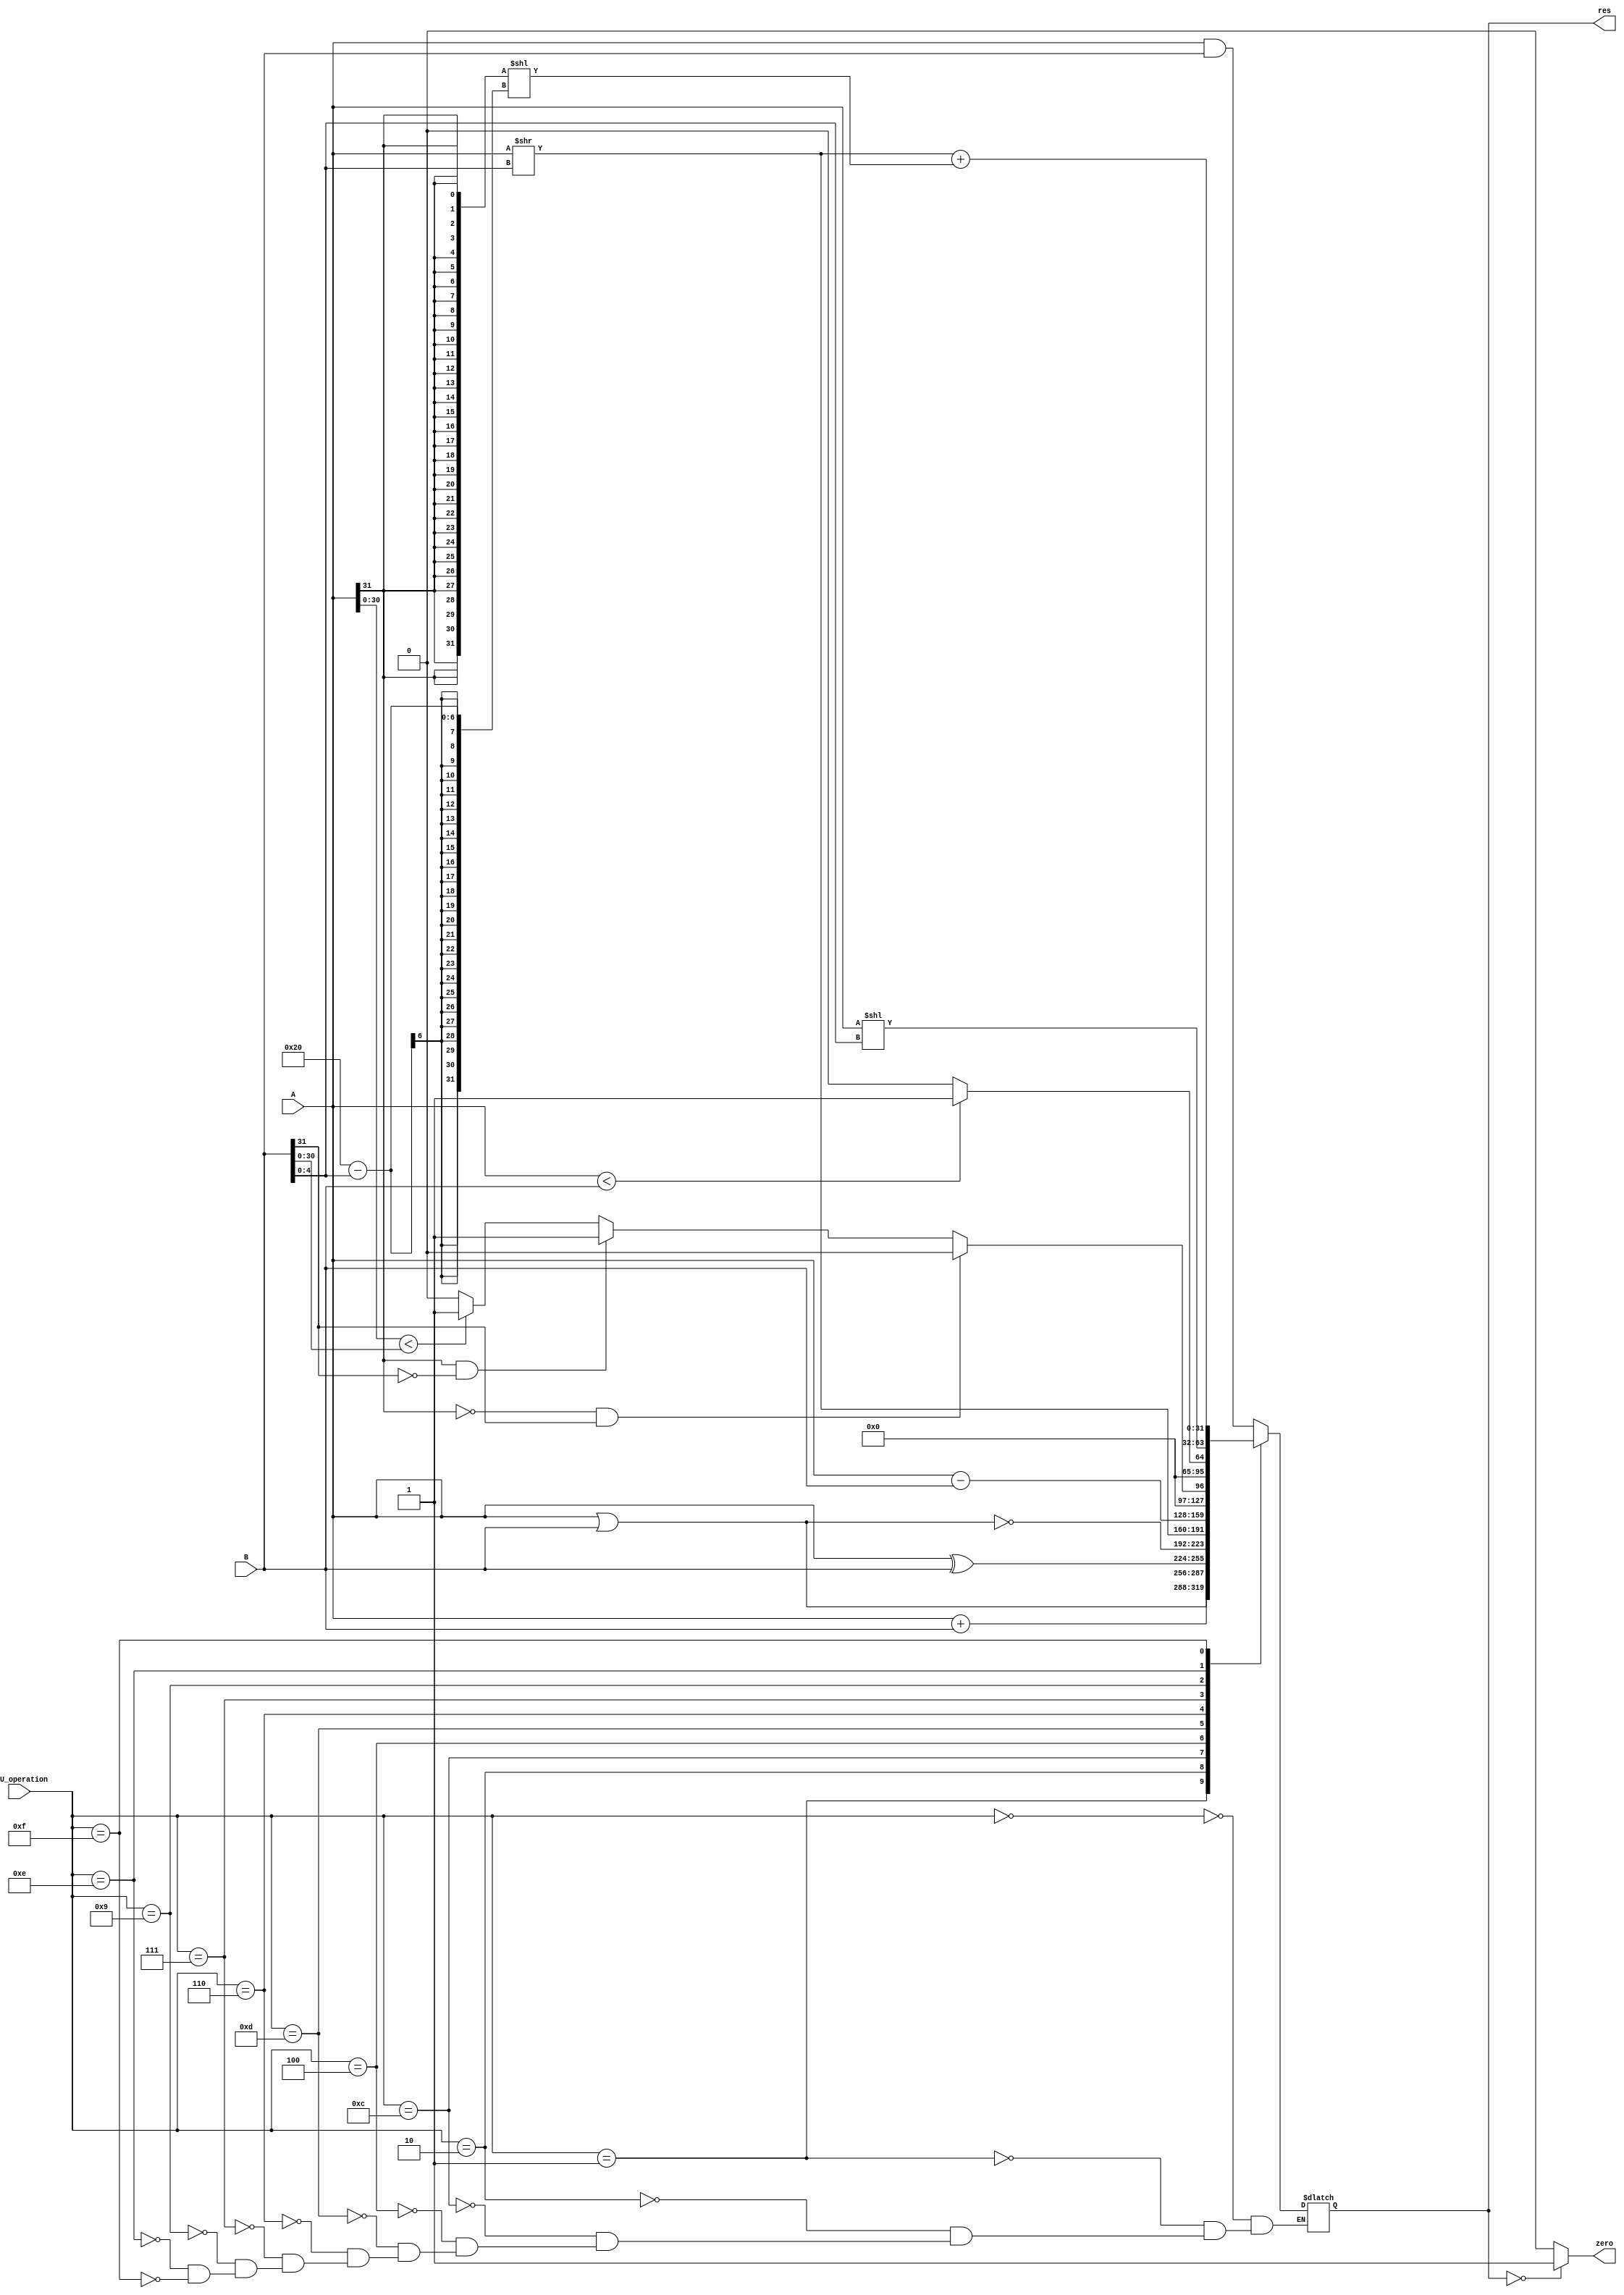
`timescale 1ns / 1ps
//////////////////////////////////////////////////////////////////////////////////
// Company: 
// Engineer: 
// 
// Design Name: 
// Module Name: ALU
// Project Name: 
// Target Devices: 
// Tool Versions: 
// Description: 
// 
// Dependencies: 
// 
// Revision:
// Revision 0.01 - File Created
// Additional Comments:
// 
//////////////////////////////////////////////////////////////////////////////////


module ALU(
    input [31:0]A,
    input [31:0]B,
    input [3:0]ALU_operation,
    output reg[31:0]res,
    output zero
);
       
    always @(*)
        case(ALU_operation)
        4'b0000: res = A & B;
        4'b0001: res = A | B;
        4'b0010: res = A + B;
        4'b1100: res = A ^ B;//xor
        4'b0100: res = ~(A | B);
        4'b1101: res = A >> B[4:0];//srl
        4'b0110: res = A - B;
        4'b0111: if(A[31] == 0 && B[31] == 1)begin
                     res = 32'b0;
                 end
                 else if(A[31] == 1 && B[31] == 0)begin
                     res = 32'b1;
                 end
                 else if(A[30:0] < B[30:0])begin
                     res = 32'b1;
                 end
                 else begin
                     res = 32'b0;
                 end
        4'b1001: res = (A < B)? 32'b1: 32'b0;//sltu        
        4'b1110: res = A << B[4:0];//sll
        4'b1111: res = (A >> B[4:00]) + ({32{A[31]}} << (32 - B[4:0]));//sra
        endcase
    assign zero = (res == 0)?1:0;
endmodule